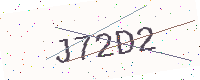
Text: J72D2